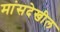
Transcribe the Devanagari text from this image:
मांसदेखील